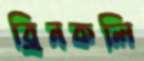
ব্রিনকলি